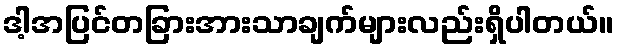
ဒါ့အပြင်တခြားအားသာချက်များလည်းရှိပါတယ်။